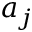
a _ { j }